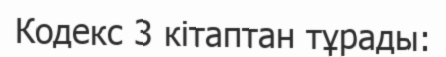
Кодекс 3 кітаптан тұрады: